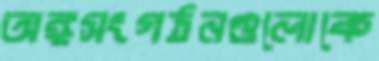
অঙ্গসংগঠনগুলোকে